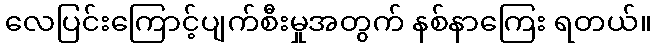
လေပြင်းကြောင့်ပျက်စီးမှုအတွက် နစ်နာကြေး ရတယ်။